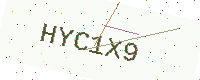
Text: HYC1X9